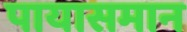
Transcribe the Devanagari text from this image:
पायासमान